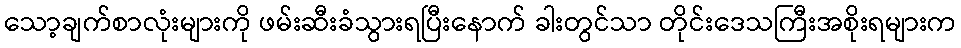
သော့ချက်စာလုံးများကို ဖမ်းဆီးခံသွားရပြီးနောက် ခါးတွင်သာ တိုင်းဒေသကြီးအစိုးရများက